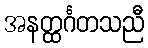
အနတ္ထင်္ဂတသညီ